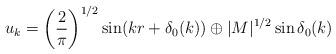
LaTeX: \begin{align*}u_k = \left(\frac{2}{\pi}\right)^{1/2}\sin (kr+\delta_0(k)) \oplus|M|^{1/2}\sin\delta_0(k)\end{align*}